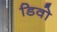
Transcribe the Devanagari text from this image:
डिवो